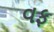
વફ